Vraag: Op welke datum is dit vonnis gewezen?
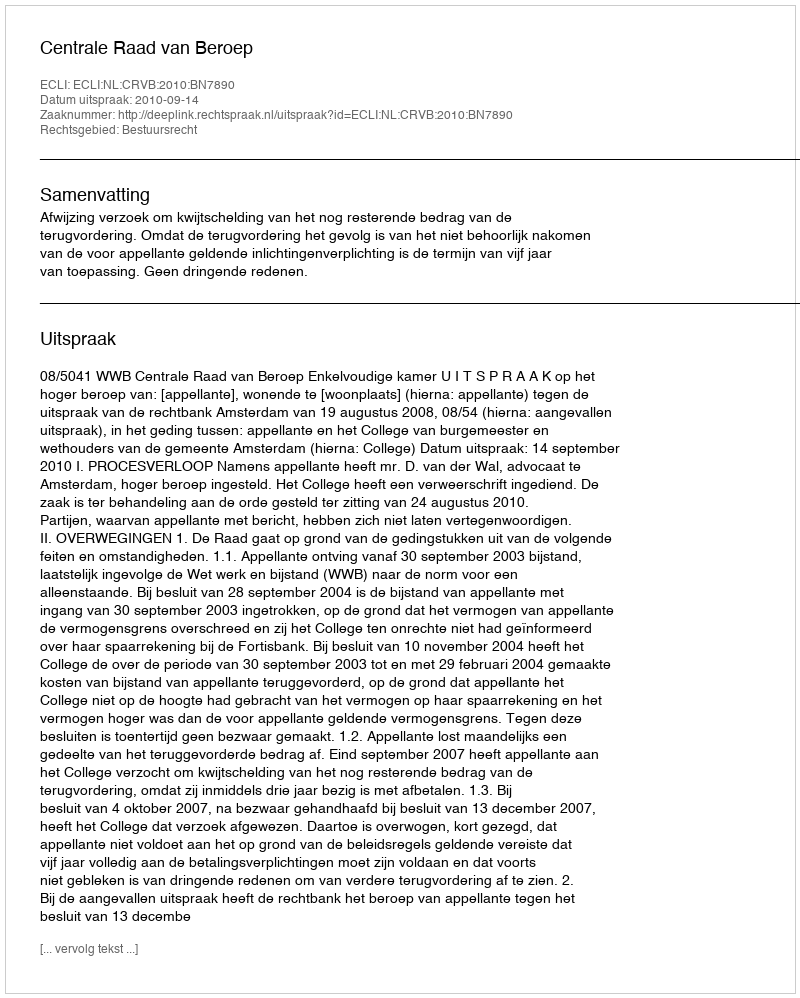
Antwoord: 2010-09-14